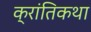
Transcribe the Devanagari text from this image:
क्रांतिकथा